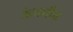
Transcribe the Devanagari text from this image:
ऊंचनीच